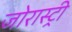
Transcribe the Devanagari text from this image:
जोरास्ट्री